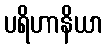
ပရိဟာနိယာ